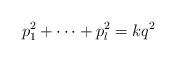
LaTeX: \begin{align*}p_1^2 + \cdots + p_l^2 = k q^2\end{align*}